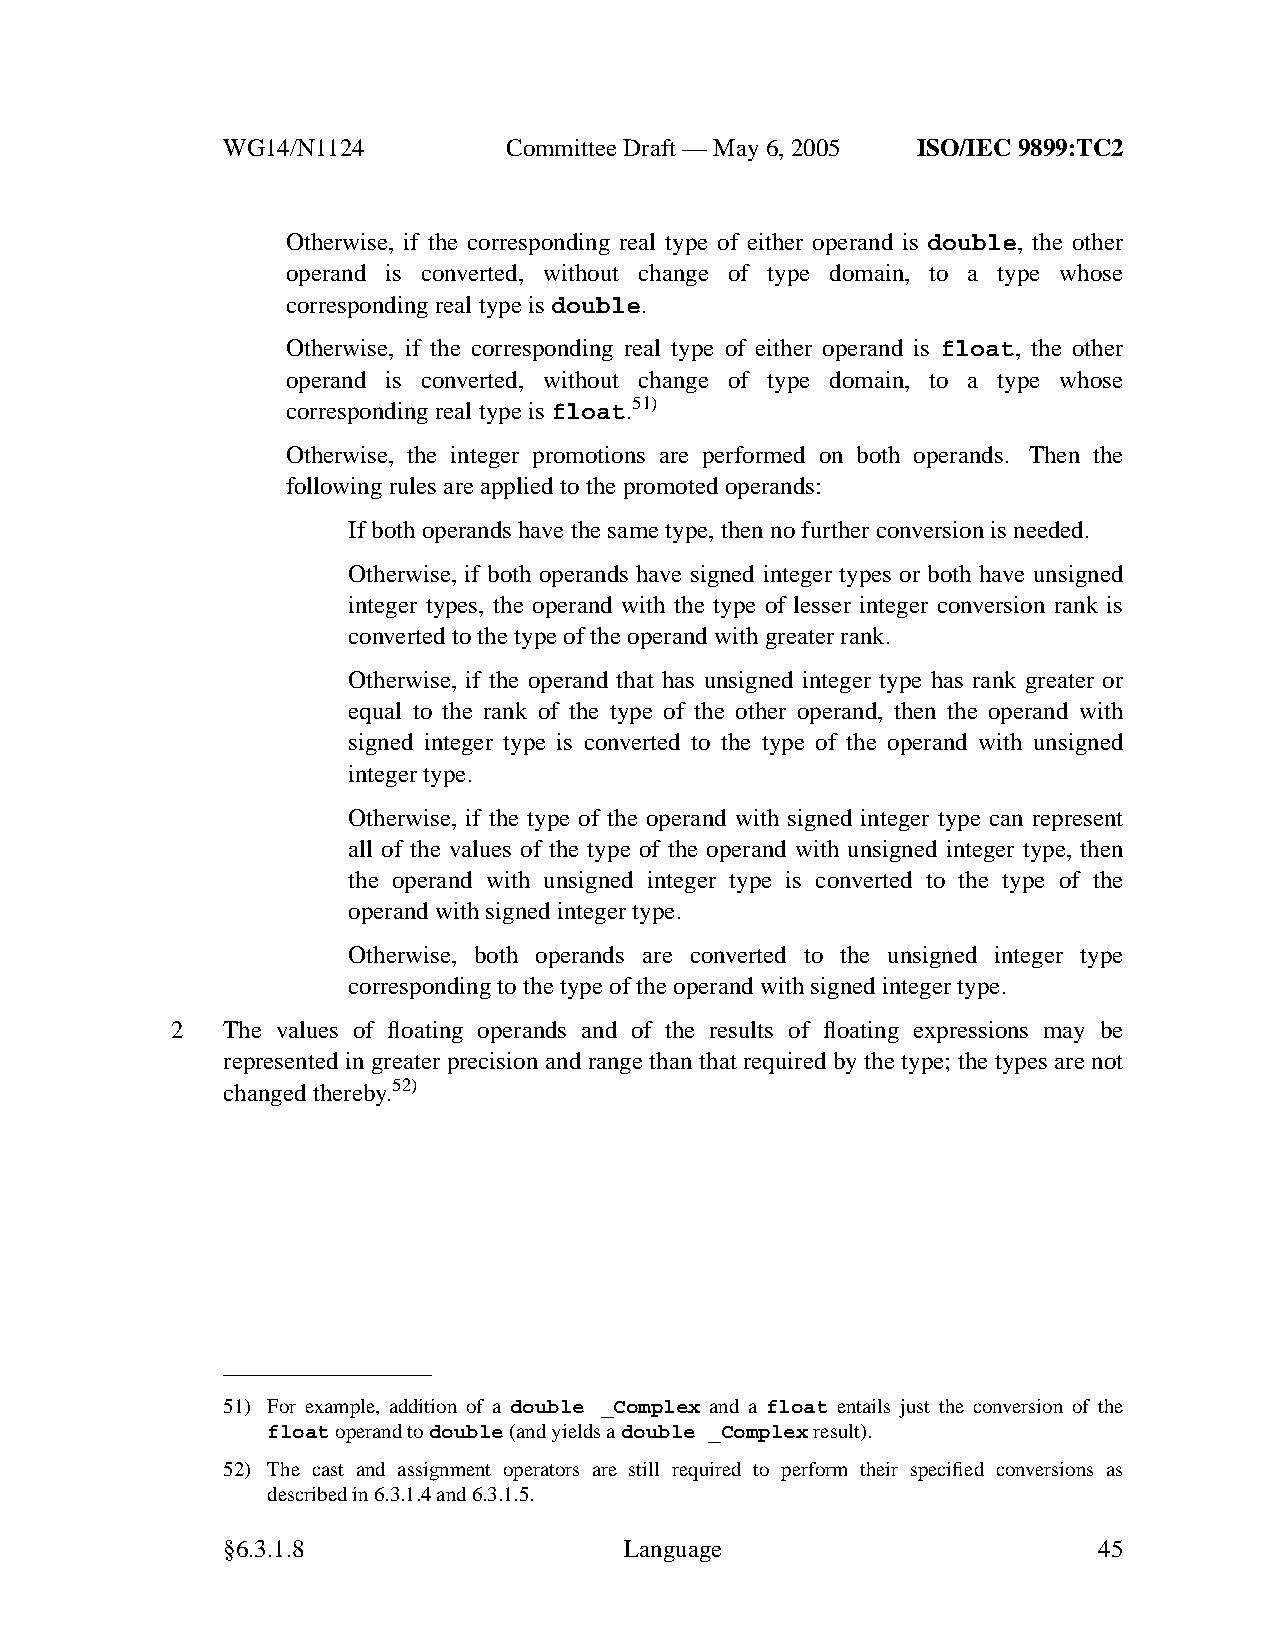
WG14/N1124        CommitteeDraft — May 6, 2005 ISO/IEC 9899:TC2
 Otherwise, if the corresponding real type of either operand is double, the other
 operand is converted, without change of type domain, to a type whose
 corresponding real type isdouble.
 Otherwise, if the corresponding real type of either operand is float, the other
 operand is converted, without change of type domain, to a type whose
 corresponding real type isfloat.51)
 Otherwise, the integer promotions are performed on both operands. Then the
 following rules are applied to the promoted operands:
 If both operands have the same type, then no further conversion is needed.
 Otherwise, if both operands have signed integer types or both have unsigned
 integer types, the operand with the type of lesser integer conversion rank is
 converted to the type of the operand with greater rank.
 Otherwise, if the operand that has unsigned integer type has rank greater or
 equal to the rank of the type of the other operand, then the operand with
 signed integer type is converted to the type of the operand with unsigned
 integer type.
 Otherwise, if the type of the operand with signed integer type can represent
 all of the values of the type of the operand with unsigned integer type, then
 the operand with unsigned integer type is converted to the type of the
 operand with signed integer type.
 Otherwise, both operands are converted to the unsigned integer type
 corresponding to the type of the operand with signed integer type.
 2   The values of floating operands and of the results of floating expressions may be
 represented in greater precision and range than that required by the type; the types are not
 changed thereby.52)
 51) For example, addition of a double _Complex and a float entails just the conversion of the
 floatoperand todouble(and yields adouble _Complexresult).
 52) The cast and assignment operators are still required to perform their specified conversions as
 described in 6.3.1.4 and 6.3.1.5.
 §6.3.1.8                  Language                        45